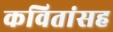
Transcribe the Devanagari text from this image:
कवितांसह